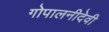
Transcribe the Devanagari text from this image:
गोपालनीदेवी